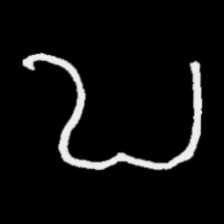
Pyu character \u2014 Myanmar letter: ဎ (romanized: ddha)